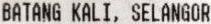
BATANG KALI, SELANGOR